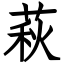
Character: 萩